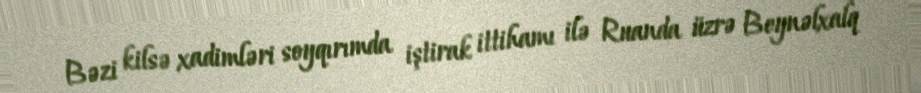
Bəzi kilsə xadimləri soyqırımda iştirak ittihamı ilə Ruanda üzrə Beynəlxalq